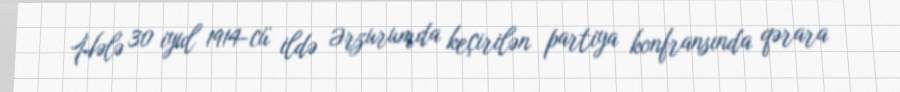
Hələ 30 iyul 1914-cü ildə Ərzurumda keçirilən partiya konfransında qərara